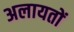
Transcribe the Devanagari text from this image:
अलायतों